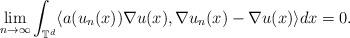
LaTeX: \begin{align*}\lim_{n\rightarrow\infty} \int_{\mathbb{T}^d} \langle a(u_n(x)) \nabla u(x), \nabla u_n(x) - \nabla u(x) \rangle dx = 0 .\end{align*}